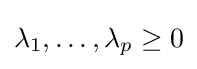
\lambda _{1},\dots ,\lambda _{p}\geq 0